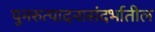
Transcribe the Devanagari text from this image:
पुनरुत्पादनासंदर्भातील